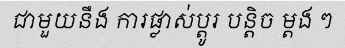
ជាមួយនឹង ការផ្លាស់ប្តូរ បន្តិច ម្តង ៗ